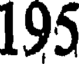
195